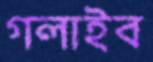
গলাইব